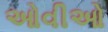
ઓવીઓ